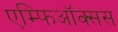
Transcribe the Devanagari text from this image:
एम्फिऑक्सस